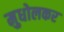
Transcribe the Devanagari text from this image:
मुधोलकर